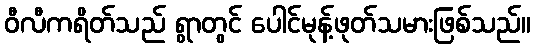
ဝီလီကရိတ်သည် ရွာတွင် ပေါင်မုန့်ဖုတ်သမားဖြစ်သည်။